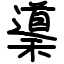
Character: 䆃